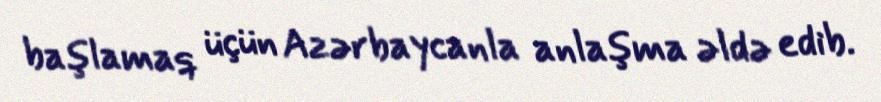
başlamaq üçün Azərbaycanla anlaşma əldə edib.